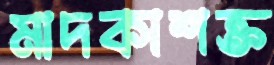
মাদকাশক্ত